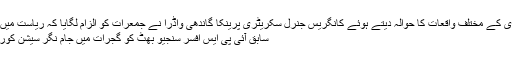
اتر پردیش میں قتل اور عصمت دری کے مختلف واقعات کا حوالہ دیتے ہوئے کانگریس جنرل سکریٹری پرینکا گاندھی واڈرا نے جمعرات کو الزام لگایا کہ ریاست میں معصوموں پر درندگی ہو رہی ہے
سابق آئی پی ایس افسر سنجیو بھٹ کو گجرات میں جام نگر سیشن کورٹ نے عمر قید کی سزا سنائی ہے۔